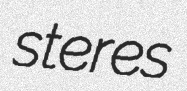
steres